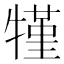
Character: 㹏